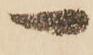
一